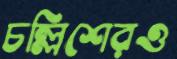
চল্লিশেরও